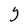
Character: Y